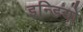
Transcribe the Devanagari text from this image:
इन्डियो